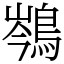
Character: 𪁏